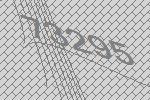
73295